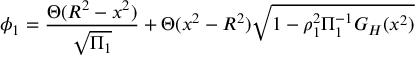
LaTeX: \phi _ { 1 } = { \frac { \Theta ( R ^ { 2 } - x ^ { 2 } ) } { \sqrt { \Pi _ { 1 } } } } + \Theta ( x ^ { 2 } - R ^ { 2 } ) \sqrt { 1 - \rho _ { 1 } ^ { 2 } \Pi _ { 1 } ^ { - 1 } G _ { H } ( x ^ { 2 } ) }